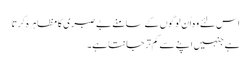
اس لئے وہ اُن لوگوں کے سامنے بے صبری کا مظاہرہ کرتا
ہے جنہیں اپنے سے کم تر جانتا ہے۔